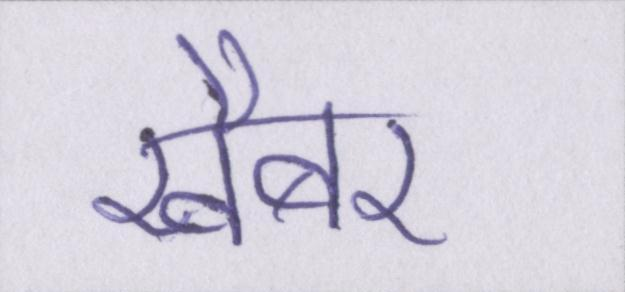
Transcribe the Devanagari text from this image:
खैबर